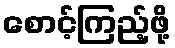
စောင့်ကြည့်ဖို့